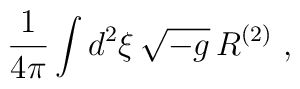
\frac{1}{4\pi}\int d^2\xi\,\sqrt{-g}\,R^{(2)}\ ,